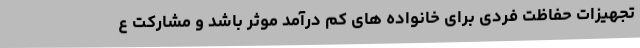
تجهیزات حفاظت فردی برای خانواده های کم درآمد موثر باشد و مشارکت ع